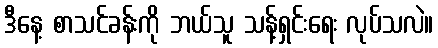
ဒီနေ့ စာသင်ခန်းကို ဘယ်သူ သန့်ရှင်းရေး လုပ်သလဲ။